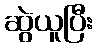
ဆွဲယူပြီး